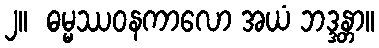
၂။  ဓမ္မဿဝနကာလော အယံ ဘဒ္ဒန္တာ။